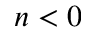
n < 0